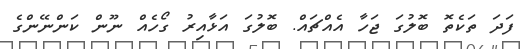
ފަދަ ތަކެތޮ ބޮލުގަ ޖަހާ އެއްޗައް. ބޮލުގަ އަޅާއިރު ގޯހެއް ނޫން ކަންނޭންގެ